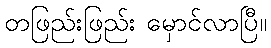
တဖြည်းဖြည်း မှောင်လာပြီ။